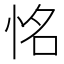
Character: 𢙛